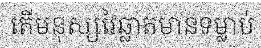
តើមនុស្សវៃឆ្លាតមានទម្លាប់